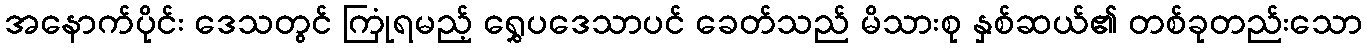
အနောက်ပိုင်း ဒေသတွင် ကြုံရမည့် ရွှေပဒေသာပင် ခေတ်သည် မိသားစု နှစ်ဆယ်၏ တစ်ခုတည်းသော